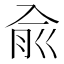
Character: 兪